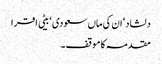
دلشاد‘ ان کی ماں سعودی ‘ بیٹی اقرا
مقدمہ کا موقف ۔